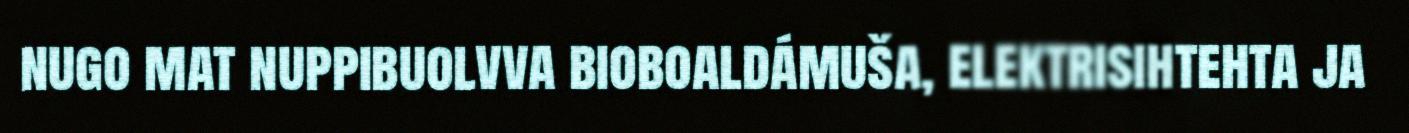
nugo mat nuppibuolvva bioboaldámuša, elektrisihtehta ja